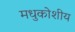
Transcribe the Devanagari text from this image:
मधुकोशीय